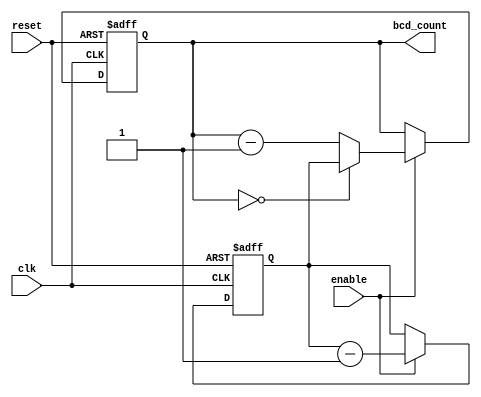
module BCD_Down_Counter_with_Enable (
    input wire clk,
    input wire reset,
    input wire enable,
    output reg [3:0] bcd_count
);

reg [3:0] preset_value;

always @ (posedge clk or posedge reset) begin
    if (reset) begin
        bcd_count <= 4'b0;
    end else if (enable) begin
        if (bcd_count == 4'b0000) begin
            bcd_count <= preset_value;
        end else begin
            bcd_count <= bcd_count - 1;
        end
    end
end

always @ (posedge clk or posedge reset) begin
    if (reset) begin
        preset_value <= 4'b0;
    end else if (enable) begin
        preset_value <= preset_value - 1;
    end
end

endmodule